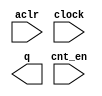
// megafunction wizard: %LPM_COUNTER%VBB%
// GENERATION: STANDARD
// VERSION: WM1.0
// MODULE: LPM_COUNTER 

// ============================================================
// Megafunction Name(s):
// 			LPM_COUNTER
//
// Simulation Library Files(s):
// 			lpm
// ============================================================
// ************************************************************
// THIS IS A WIZARD-GENERATED FILE. DO NOT EDIT THIS FILE!
//
// 13.1.0 Build 162 10/23/2013 SJ Web Edition
// ************************************************************

//Copyright (C) 1991-2013 Altera Corporation
//Your use of Altera Corporation's design tools, logic functions 
//and other software and tools, and its AMPP partner logic 
//functions, and any output files from any of the foregoing 
//(including device programming or simulation files), and any 
//associated documentation or information are expressly subject 
//to the terms and conditions of the Altera Program License 
//Subscription Agreement, Altera MegaCore Function License 
//Agreement, or other applicable license agreement, including, 
//without limitation, that your use is for the sole purpose of 
//programming logic devices manufactured by Altera and sold by 
//Altera or its authorized distributors.  Please refer to the 
//applicable agreement for further details.

module coincidence_counter (
	aclr,
	clock,
	cnt_en,
	q);

	input	  aclr;
	input	  clock;
	input	  cnt_en;
	output	[21:0]  q;

endmodule

// ============================================================
// CNX file retrieval info
// ============================================================
// Retrieval info: PRIVATE: ACLR NUMERIC "1"
// Retrieval info: PRIVATE: ALOAD NUMERIC "0"
// Retrieval info: PRIVATE: ASET NUMERIC "0"
// Retrieval info: PRIVATE: ASET_ALL1 NUMERIC "1"
// Retrieval info: PRIVATE: CLK_EN NUMERIC "0"
// Retrieval info: PRIVATE: CNT_EN NUMERIC "1"
// Retrieval info: PRIVATE: CarryIn NUMERIC "0"
// Retrieval info: PRIVATE: CarryOut NUMERIC "0"
// Retrieval info: PRIVATE: Direction NUMERIC "0"
// Retrieval info: PRIVATE: INTENDED_DEVICE_FAMILY STRING "Cyclone IV E"
// Retrieval info: PRIVATE: ModulusCounter NUMERIC "0"
// Retrieval info: PRIVATE: ModulusValue NUMERIC "0"
// Retrieval info: PRIVATE: SCLR NUMERIC "0"
// Retrieval info: PRIVATE: SLOAD NUMERIC "0"
// Retrieval info: PRIVATE: SSET NUMERIC "0"
// Retrieval info: PRIVATE: SSET_ALL1 NUMERIC "1"
// Retrieval info: PRIVATE: SYNTH_WRAPPER_GEN_POSTFIX STRING "0"
// Retrieval info: PRIVATE: nBit NUMERIC "22"
// Retrieval info: PRIVATE: new_diagram STRING "1"
// Retrieval info: LIBRARY: lpm lpm.lpm_components.all
// Retrieval info: CONSTANT: LPM_DIRECTION STRING "UP"
// Retrieval info: CONSTANT: LPM_PORT_UPDOWN STRING "PORT_UNUSED"
// Retrieval info: CONSTANT: LPM_TYPE STRING "LPM_COUNTER"
// Retrieval info: CONSTANT: LPM_WIDTH NUMERIC "22"
// Retrieval info: USED_PORT: aclr 0 0 0 0 INPUT NODEFVAL "aclr"
// Retrieval info: USED_PORT: clock 0 0 0 0 INPUT NODEFVAL "clock"
// Retrieval info: USED_PORT: cnt_en 0 0 0 0 INPUT NODEFVAL "cnt_en"
// Retrieval info: USED_PORT: q 0 0 22 0 OUTPUT NODEFVAL "q[21..0]"
// Retrieval info: CONNECT: @aclr 0 0 0 0 aclr 0 0 0 0
// Retrieval info: CONNECT: @clock 0 0 0 0 clock 0 0 0 0
// Retrieval info: CONNECT: @cnt_en 0 0 0 0 cnt_en 0 0 0 0
// Retrieval info: CONNECT: q 0 0 22 0 @q 0 0 22 0
// Retrieval info: GEN_FILE: TYPE_NORMAL councidence_counter.v TRUE
// Retrieval info: GEN_FILE: TYPE_NORMAL councidence_counter.inc FALSE
// Retrieval info: GEN_FILE: TYPE_NORMAL councidence_counter.cmp FALSE
// Retrieval info: GEN_FILE: TYPE_NORMAL councidence_counter.bsf TRUE
// Retrieval info: GEN_FILE: TYPE_NORMAL councidence_counter_inst.v FALSE
// Retrieval info: GEN_FILE: TYPE_NORMAL councidence_counter_bb.v TRUE
// Retrieval info: LIB_FILE: lpm